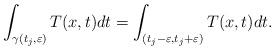
LaTeX: \begin{align*}\int\nolimits_{\gamma(t_{j},\varepsilon)}T(x,t)dt=\int\nolimits_{(t_{j}-\varepsilon,t_{j}+\varepsilon)}T(x,t)dt.\end{align*}